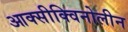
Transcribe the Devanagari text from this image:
आक्सीक्विनोलीन